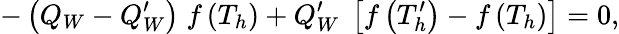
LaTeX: -\left(Q_{W}-Q_{W}^{\prime}\right)\; f\left(T_{h}\right)+Q_{W}^{\prime}\; \left[f\left(T_{h}^{\prime}\right)-f\left(T_{h}\right)\right]=0,